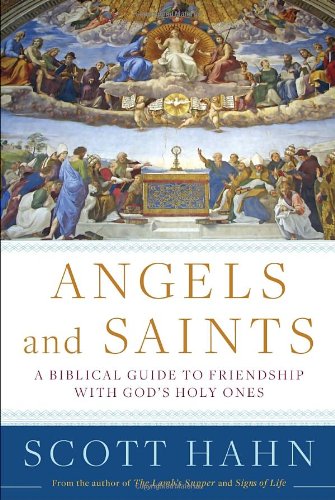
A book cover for Angels and Saints: A Biblical Guide to Friendship with God's Holy Ones; Scott Hahn; Christian Books & Bibles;